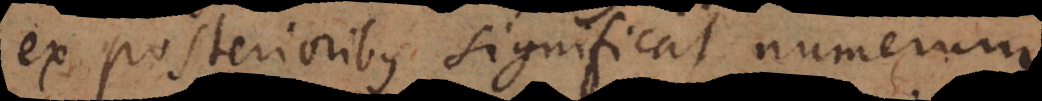
ex posterioribus significat numerum